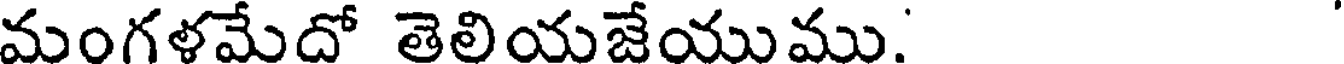
మంగళమేదో తెలియజేయుము.